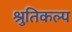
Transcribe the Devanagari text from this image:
श्रुतिकल्प